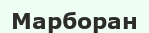
Марборан